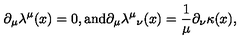
\partial _ { \mu } \lambda ^ { \mu } ( x ) = 0 , \mathrm { a n d } \partial _ { \mu } { \lambda ^ { \mu } } _ { \nu } ( x ) = \frac { 1 } { \mu } \partial _ { \nu } \kappa ( x ) ,